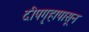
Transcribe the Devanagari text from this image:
दीपगृहापासून